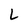
Character: L